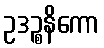
ဥဒဉ္စနိကော